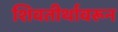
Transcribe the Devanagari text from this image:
शिवतीर्थावरून